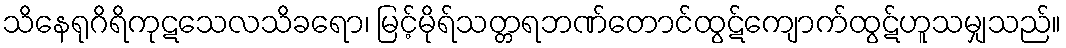
သိနေရုဂိရိကုဋသေလသိခရော၊ မြင့်မိုရ်သတ္တရဘဏ်တောင်ထွဋ်ကျောက်ထွဋ်ဟူသမျှသည်။